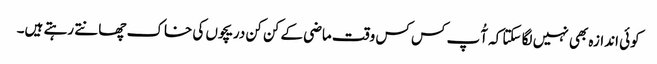
کوئی اندازہ بھی نہیں لگا سکتا کہ آُپ کس کس وقت ماضی کے کن کن دریچوں کی خاک چھانتے رہتے ہیں۔